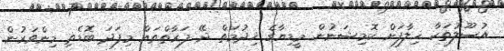
އުސޫލުތަކާ ޚިލާފަށް ކޮމިޝަނުން މީޑިޔާގެ ޚިދުމަތް ދޭ ފަރާތްތައް މިފަދަ ބޮޑެތި މިންވަރުން